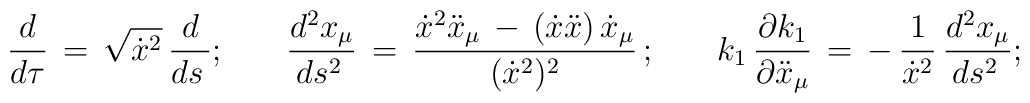
\frac{d}{d\tau }\,=\,\sqrt {\dot x^2}\,\frac{d}{ds\,}{;}\qquad\frac{d^2 x_\mu}{ds^2\,} \,=\,\frac{\dot x^2\ddot x_\mu \,-\,(\dot x \ddot x)\,\dot x_\mu}{(\dot x^2)^2}\,{;}\qquad k_1\,\frac{\partial k_1}{\partial \ddot x_\mu}\,=\,-\,\frac{1}{\dot x^2}\,\frac{d^2 x_\mu}{ds^2\,}{;}